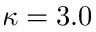
\kappa = 3 . 0